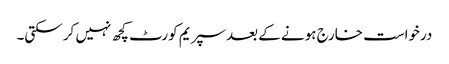
درخواست خارج ہونے کے بعد سپریم کورٹ کچھ نہیں کر سکتی۔